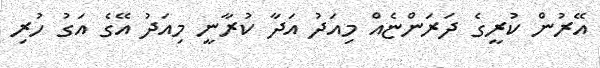
އޭރުން ކުރީގެ ދަރަންޏެއް މިއަދު އަދާ ކުރާނީ މިއަދު އޭގެ އަގު ހުރި